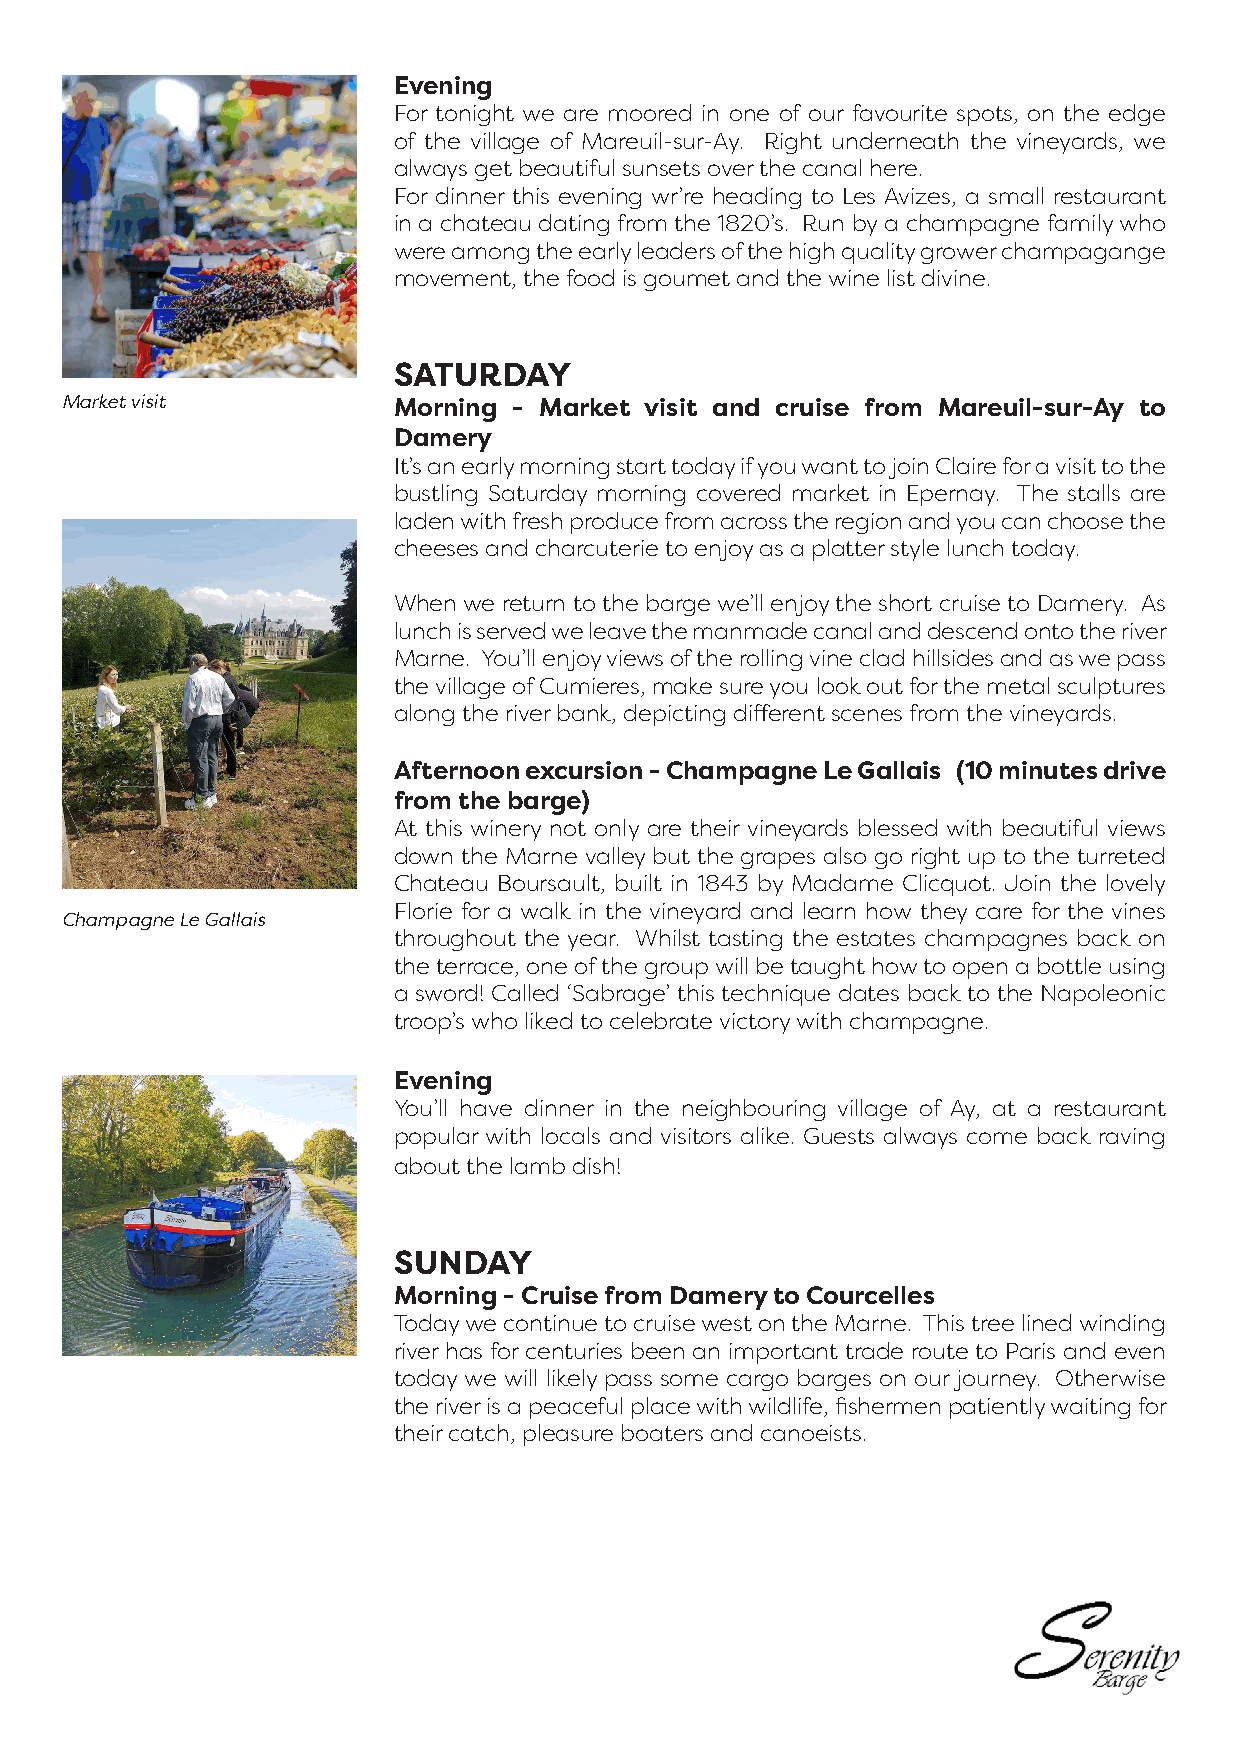
Evening
 For tonight we are moored in one of our favourite spots, on the edge
 of the village of Mareuil-sur-Ay. Right underneath the vineyards, we
 always get beautiful sunsets over the canal here.
 For dinner this evening wr’re heading to Les Avizes, a small restaurant
 in a chateau dating from the 1820’s. Run by a champagne family who
 were among the early leaders of the high quality grower champagange
 movement, the food is goumet and the wine list divine.
 SATURDAY
 Market visit          Morning - Market visit and cruise from Mareuil-sur-Ay to
 Damery
 It’s an early morning start today if you want to join Claire for a visit to the
 bustling Saturday morning covered market in Epernay. The stalls are
 laden with fresh produce from across the region and you can choose the
 cheeses and charcuterie to enjoy as a platter style lunch today.
 When we return to the barge we’ll enjoy the short cruise to Damery. As
 lunch is served we leave the manmade canal and descend onto the river
 Marne. You’ll enjoy views of the rolling vine clad hillsides and as we pass
 the village of Cumieres, make sure you look out for the metal sculptures
 along the river bank, depicting different scenes from the vineyards.
 Afternoon excursion - Champagne Le Gallais (10 minutes drive
 from the barge)
 At this winery not only are their vineyards blessed with beautiful views
 down the Marne valley but the grapes also go right up to the turreted
 Chateau Boursault, built in 1843 by Madame Clicquot. Join the lovely
 Florie for a walk in the vineyard and learn how they care for the vines
 Champagne Le Gallais
 throughout the year. Whilst tasting the estates champagnes back on
 the terrace, one of the group will be taught how to open a bottle using
 a sword! Called ‘Sabrage’ this technique dates back to the Napoleonic
 troop’s who liked to celebrate victory with champagne.
 Evening
 You’ll have dinner in the neighbouring village of Ay, at a restaurant
 popular with locals and visitors alike. Guests always come back raving
 about the lamb dish!
 SUNDAY
 Morning - Cruise from Damery to Courcelles
 Today we continue to cruise west on the Marne. This tree lined winding
 river has for centuries been an important trade route to Paris and even
 today we will likely pass some cargo barges on our journey. Otherwise
 the river is a peaceful place with wildlife, fishermen patiently waiting for
 their catch, pleasure boaters and canoeists.